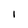
Character: l